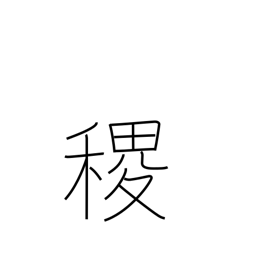
Meaning: millet